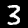
Label: 3